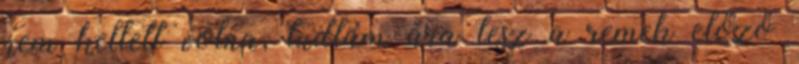
nem kellett volna, tudtam ára lesz a remek előző